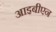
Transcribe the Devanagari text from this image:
आइबीएन